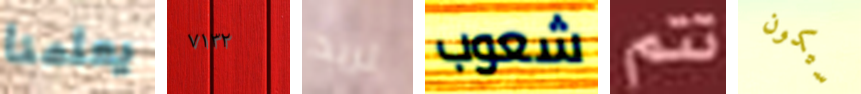
يعلمنا ٧١٣٢ تريد شعوب تتم سيكون